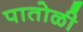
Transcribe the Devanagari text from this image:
पातोळी